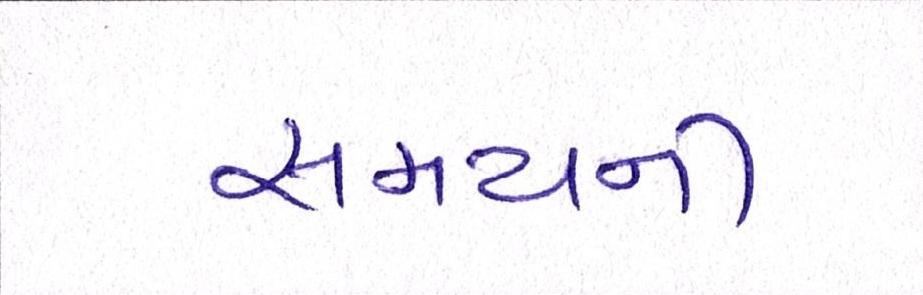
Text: સમયની